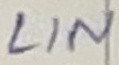
Text: LIN